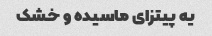
یه پیتزای ماسیده و خشک